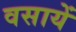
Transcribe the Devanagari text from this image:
वसायें